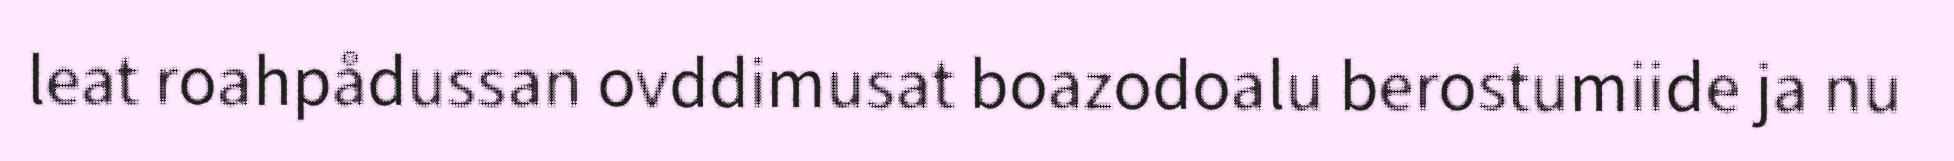
leat roahpådussan ovddimusat boazodoalu berostumiide ja nu